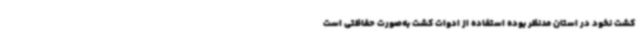
کشت نخود در استان مدنظر بوده استفاده از ادوات کشت به‌صورت حفاظتی است